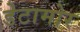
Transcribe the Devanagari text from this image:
डेटामोर